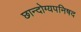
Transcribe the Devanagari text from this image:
छान्दोग्यपनिषद